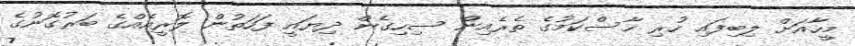
މީހާއަށް ލިބިފައި ހުރި ހާސްކަމުގެ ތެރެއިން ސިހިގެން ދިޔައީ ފަހަތުން ލޮރީއެއްގެ ބަރުގޮނުގެ